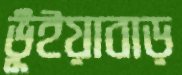
ভূঁইয়াবাড়